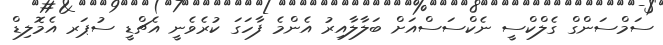
ސަމްސަންގް ގެލްކްސީ ނެކްސަސްއަށް ބަލާލާއިރު އެންމެ ފާހަގަ ކުރެވެނީ އެޗްޑީ ސުޕަރ އެމޮލިޑް